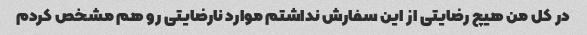
در کل من هیچ رضایتی از این سفارش نداشتم موارد نارضایتی رو هم مشخص کردم